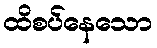
ထိစပ်နေသော